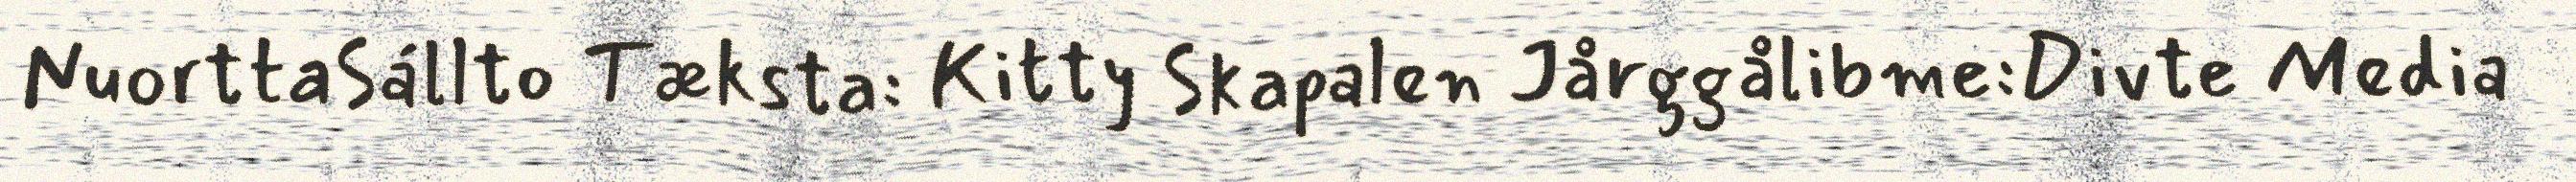
NuorttaSállto Tæksta: Kitty Skapalen Jårggålibme:Divte Media